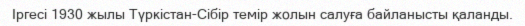
Іргесі 1930 жылы Түркістан-Сібір темір жолын салуға байланысты қаланды.